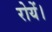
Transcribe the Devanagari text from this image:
रोयें।